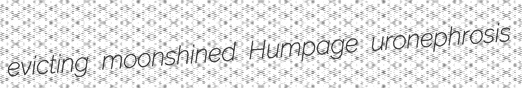
evicting moonshined Humpage uronephrosis